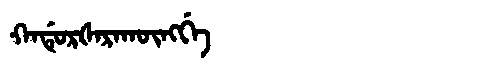
Manchu: ᡴᠠᡩᡠᡵᡧᠠᡵᠠᡴᡡᠩᡤᡝ
Romanization: KADURŠARAKŪNGGE